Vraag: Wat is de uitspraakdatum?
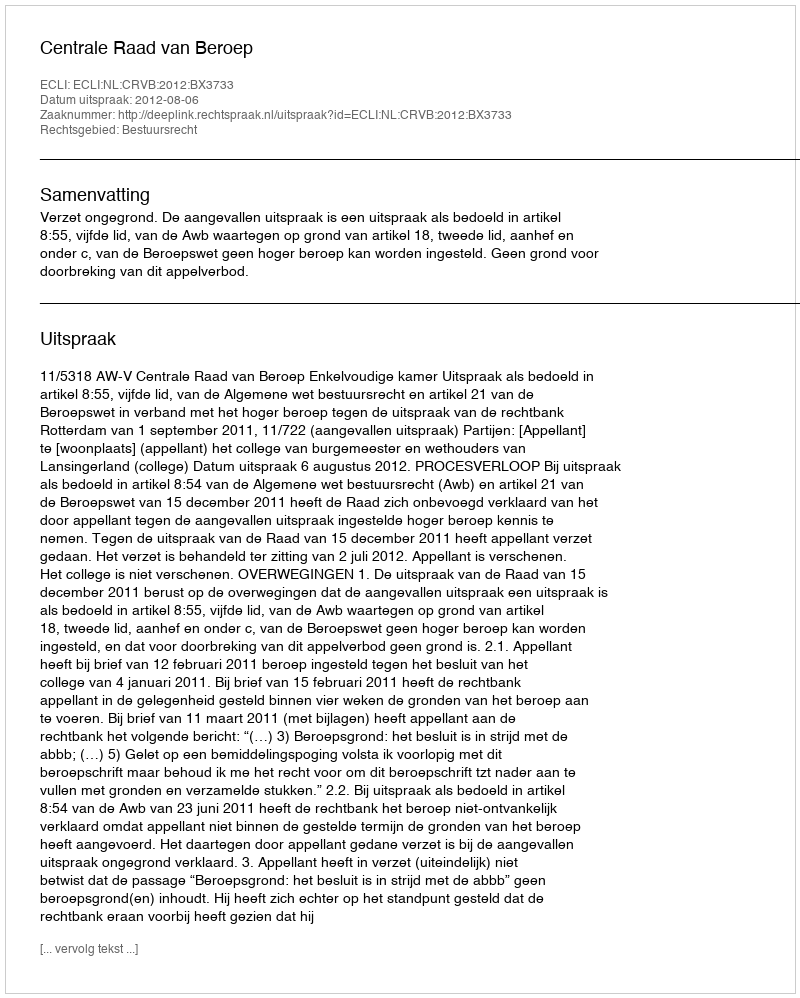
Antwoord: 2012-08-06